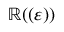
\mathbb { R } ( ( \varepsilon ) )